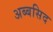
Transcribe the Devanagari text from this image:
अब्बसिद